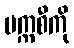
မက္ကစီကို